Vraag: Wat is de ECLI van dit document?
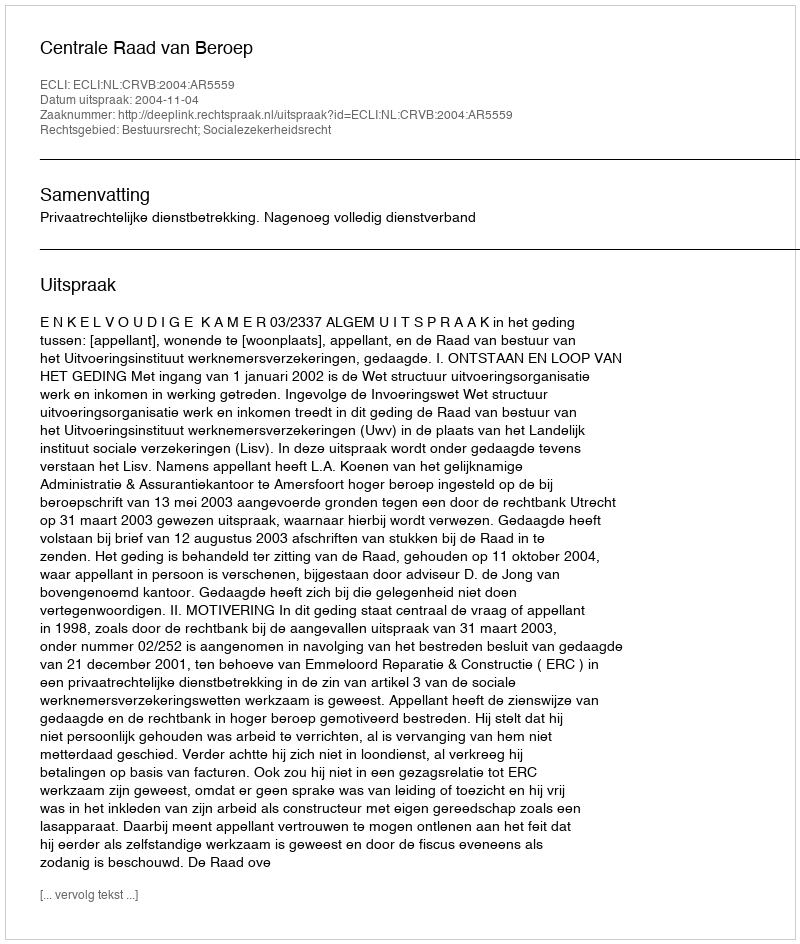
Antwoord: ECLI:NL:CRVB:2004:AR5559